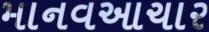
માનવઆચાર